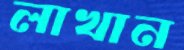
লাখান